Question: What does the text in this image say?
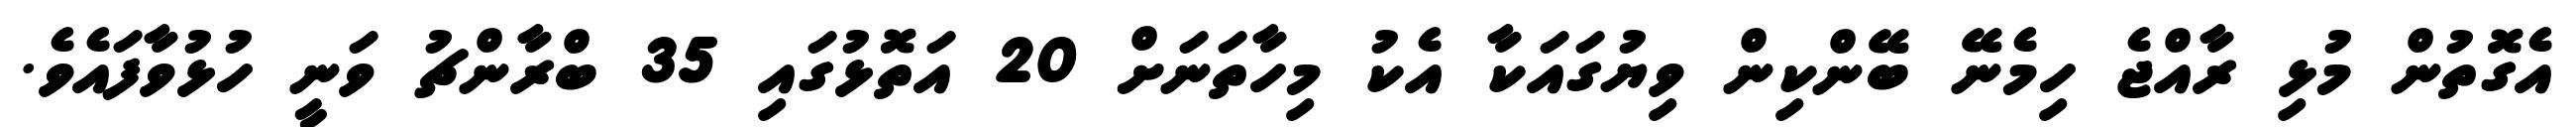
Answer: އެގޮތުން މުޅި ރާއްޖެ ހިމެނޭ ބޭންކިން ވިޔުގައަކާ އެކު މިހާތަނަށް 20 އަތޮޅުގައި 35 ބްރާންޗު ވަނީ ހުޅުވާފައެވެ.